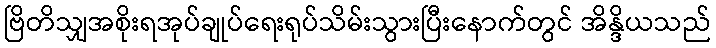
ဗြိတိသျှအစိုးရအုပ်ချုပ်ရေးရုပ်သိမ်းသွားပြီးနောက်တွင် အိန္ဒိယသည်